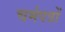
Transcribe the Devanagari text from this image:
चर्मपत्रों